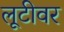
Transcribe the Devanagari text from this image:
लूटीवर